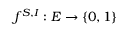
f ^ { S , I } : E \to \{ 0 , 1 \}